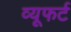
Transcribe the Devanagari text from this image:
व्यूफर्ट